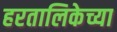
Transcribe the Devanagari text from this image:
हरतालिकेच्या